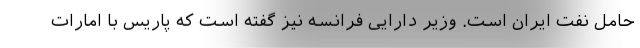
حامل نفت ایران است. وزیر دارایی فرانسه نیز گفته است که پاریس با امارات